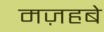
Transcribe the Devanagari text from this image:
मज़हबे